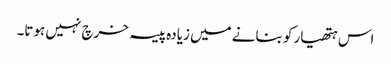
اس ہتھیار کو بنانے میں زیادہ پیسہ خرچ نہیں ہوتا۔